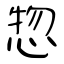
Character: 惣